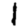
Digit: 1